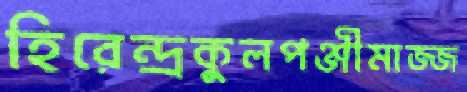
হিরেন্দ্রকুলপঞ্জীমাজ্জ